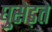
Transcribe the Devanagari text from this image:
घुसेड़ते